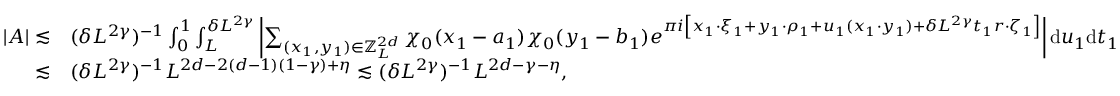
\begin{array} { r l } { | A | \lesssim } & { ( \delta L ^ { 2 \gamma } ) ^ { - 1 } \int _ { 0 } ^ { 1 } \int _ { L } ^ { \delta L ^ { 2 \gamma } } \left| \sum _ { ( x _ { 1 } , y _ { 1 } ) \in \mathbb Z _ { L } ^ { 2 d } } \chi _ { 0 } ( { x _ { 1 } - a _ { 1 } } ) \chi _ { 0 } ( { y _ { 1 } - b _ { 1 } } ) e ^ { \pi i \left[ x _ { 1 } \cdot \xi _ { 1 } + y _ { 1 } \cdot \rho _ { 1 } + u _ { 1 } ( x _ { 1 } \cdot y _ { 1 } ) + \delta L ^ { 2 \gamma } t _ { 1 } r \cdot \zeta _ { 1 } \right] } \right| \mathrm { d } u _ { 1 } \mathrm { d } t _ { 1 } } \\ { \lesssim } & { ( \delta L ^ { 2 \gamma } ) ^ { - 1 } L ^ { 2 d - 2 ( d - 1 ) ( 1 - \gamma ) + \eta } \lesssim ( \delta L ^ { 2 \gamma } ) ^ { - 1 } L ^ { 2 d - \gamma - \eta } , } \end{array}